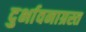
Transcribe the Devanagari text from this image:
दुर्भावनाग्रस्त